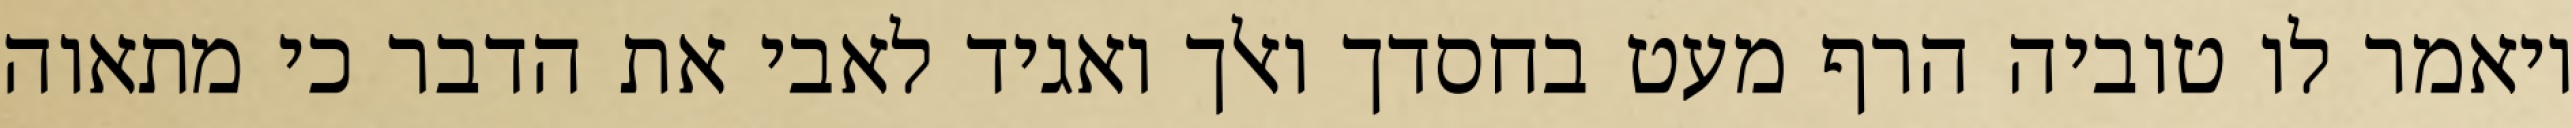
ויאמר לו טוביה הרף מעט בחסדך ואלך ואגיד לאבי את הדבר כי מתאוה